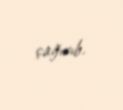
çağırıb.